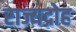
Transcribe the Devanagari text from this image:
राज्यद्रोह